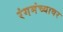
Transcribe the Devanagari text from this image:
रंगमंच्यावर